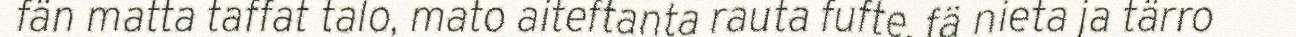
fän matta taffat talo, mato aiteftanta rauta fufte, fä nieta ja tärro